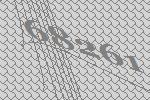
68261